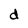
Character: d